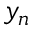
y _ { n }